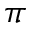
\pi